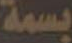
بسمة